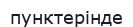
пунктерінде